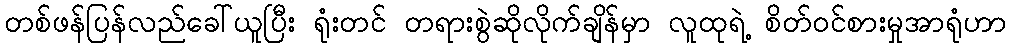
တစ်ဖန်ပြန်လည်ခေါ်ယူပြီး ရုံးတင် တရားစွဲဆိုလိုက်ချိန်မှာ လူထုရဲ့ စိတ်ဝင်စားမှုအာရုံဟာ